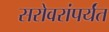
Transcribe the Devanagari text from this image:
सरोवरांपर्यंत